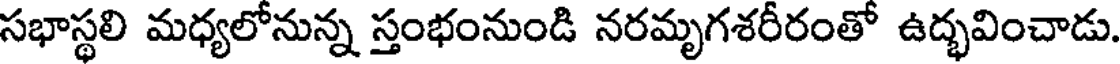
సభాస్థలి మధ్యలోనున్న స్తంభంనుండి నరమృగశరీరంతో ఉద్భవించాడు.